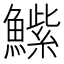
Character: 𮬒